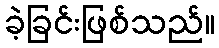
ခဲ့ခြင်းဖြစ်သည်။